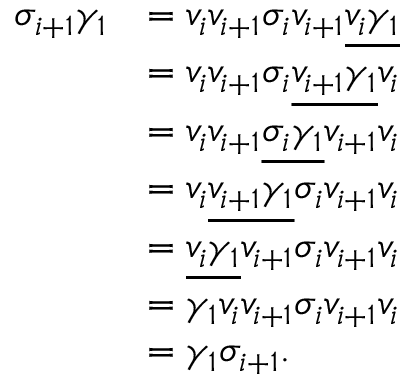
\begin{array} { r l } { \sigma _ { i + 1 } \gamma _ { 1 } } & { = v _ { i } v _ { i + 1 } \sigma _ { i } v _ { i + 1 } \underline { { v _ { i } \gamma _ { 1 } } } } \\ & { = v _ { i } v _ { i + 1 } \sigma _ { i } \underline { { v _ { i + 1 } \gamma _ { 1 } } } v _ { i } } \\ & { = v _ { i } v _ { i + 1 } \underline { { \sigma _ { i } \gamma _ { 1 } } } v _ { i + 1 } v _ { i } } \\ & { = v _ { i } \underline { { v _ { i + 1 } \gamma _ { 1 } } } \sigma _ { i } v _ { i + 1 } v _ { i } } \\ & { = \underline { { v _ { i } \gamma _ { 1 } } } v _ { i + 1 } \sigma _ { i } v _ { i + 1 } v _ { i } } \\ & { = \gamma _ { 1 } v _ { i } v _ { i + 1 } \sigma _ { i } v _ { i + 1 } v _ { i } } \\ & { = \gamma _ { 1 } \sigma _ { i + 1 } . } \end{array}